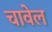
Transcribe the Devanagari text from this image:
चावेल